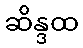
ဆိန္ဒထ